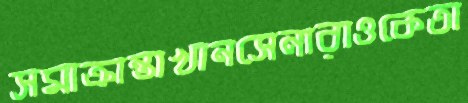
সমাক্রান্তাখানসেনারাওকেতা